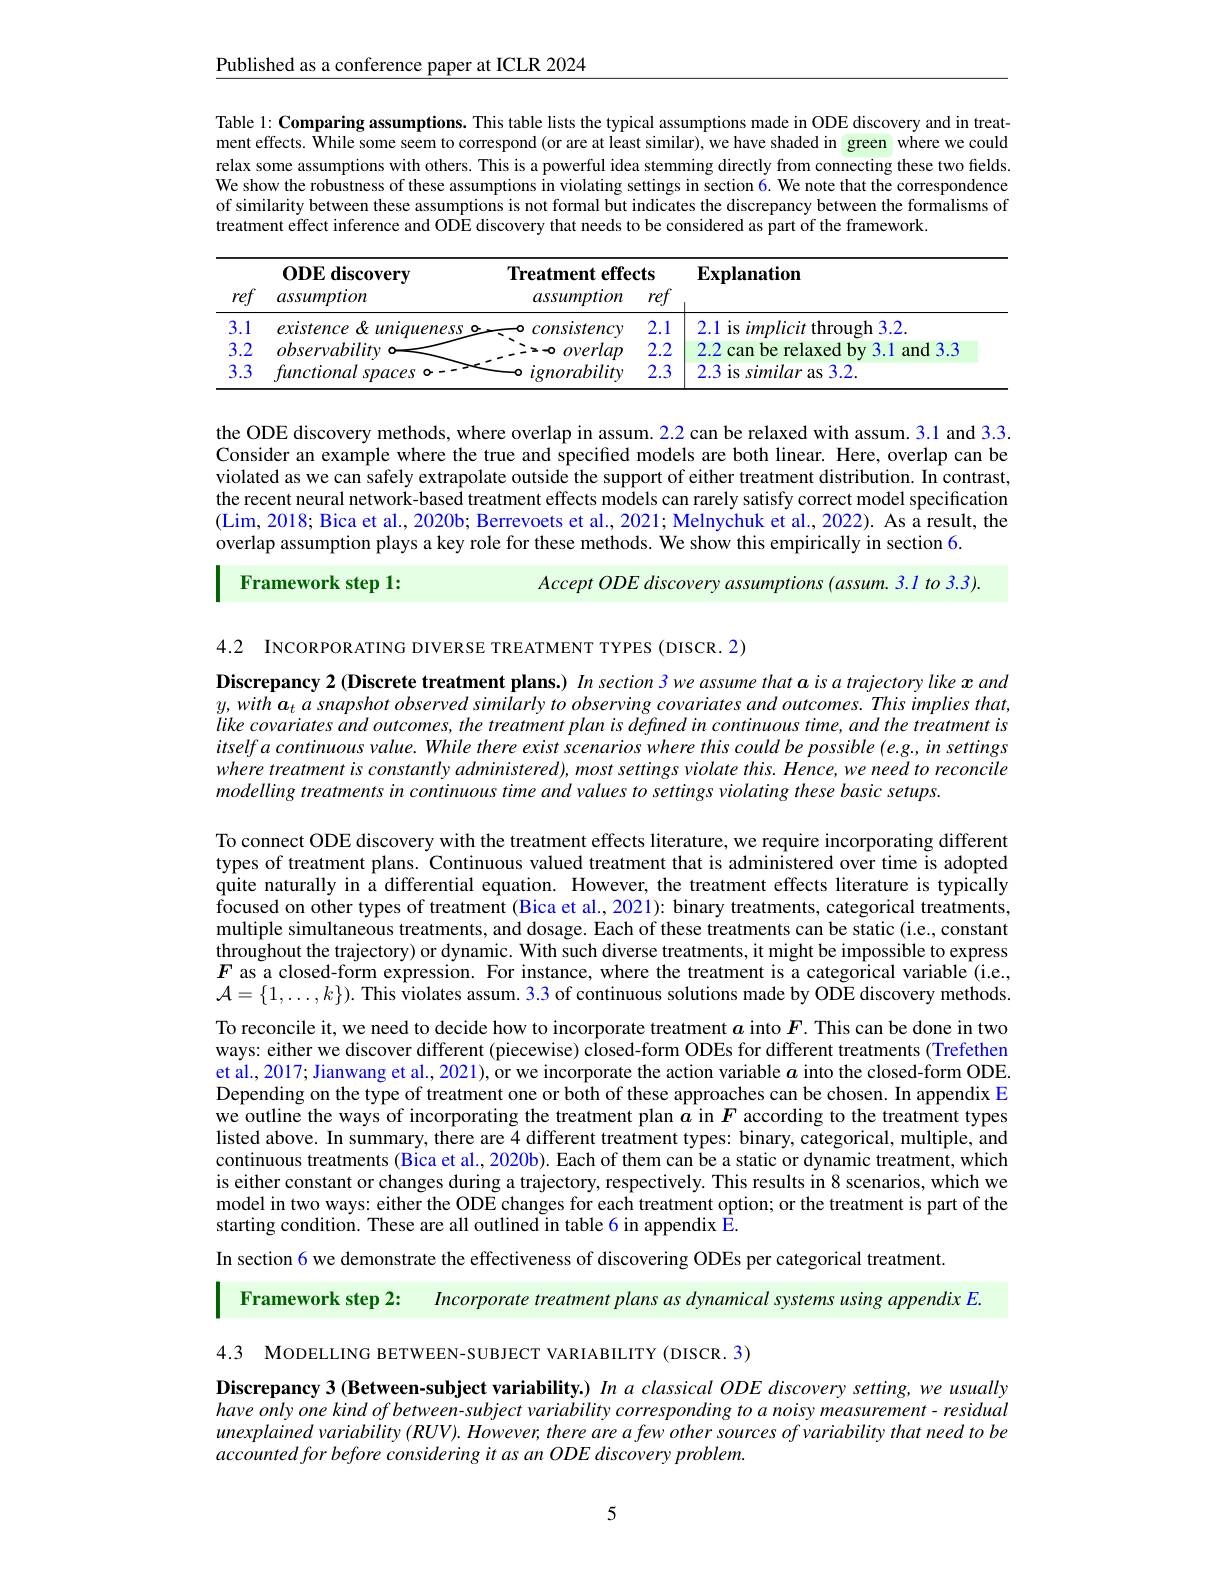
Published as a conference paper at ICLR 2024

Table l: Comparing assumptions. This table lists the typical assumptions made in ODE discovery and in treatment effects. While some seem to correspond (or are at least similar),we have shaded in green where we could relax some assumptions with others. This is a powerful idea stemming directly from connecting these two fields. We show the robustness of these assumptions in violating settings in section $\dot{6}.$ We note that the correspondence of similarity between these assumptions is not formal but indicates the discrepancy between the formalisms of treatment effect inference and ODE discovery that needs to be considered as part of the framework.

<table>
	<tbody>
		<tr>
			<th rowspan="2">ref</th>
			<th rowspan="2">ODE discovery assumption</th>
			<th colspan="2">Treatment effects</th>
			<th rowspan="2">$\mathbf{Explanation}$</th>
		</tr>
		<tr>
			<th>assumption</th>
			<th>ref</th>
		</tr>
		<tr>
			<td>3.1</td>
			<td>existence $\&$ $l$ uniqueness</td>
			<td>consistency</td>
			<td>2.1</td>
			<td>2.1 is implicit through 3.2</td>
		</tr>
		<tr>
			<td>3.2</td>
			<td>observabilitv</td>
			<td>overlap</td>
			<td>2.2</td>
			<td>2.2 can be relaxed by 3.1 and3.3</td>
		</tr>
		<tr>
			<td>3.3</td>
			<td>functional spaces</td>
			<td>ignorabilitw</td>
			<td>2.3</td>
			<td>2.3 is similar as 3.2.</td>
		</tr>
	</tbody>
</table>

the ODE discovery methods, where overlap in assum. 2.2 can be relaxed with assum. 3.1 and 3.3. Consider an example where the true and specified models are both linear. Here, overlap can be violated as we can safely extrapolate outside the support of either treatment distribution. In contrast, the recent neural network-based treatment effects models can rarely satisfy correct model specification (Lim, 2018; Bica et al., 2020b; Berrevoets et al., 2021; Melnychuk et al., 2022). As a result, the overlap assumption plays a key role for these methods. We show this empirically in section 6.
Accept ODE discovery assumptions (assum. 3.1 to 3.3).
Framework step 1:

4.2 INCORPORATING DIVERSE TREATMENT TYPES (DISCR. 2)

Discrepancy 2 (Discrete treatment plans.) In section 3 we assume that a is a trajectory like $x$ and $y,with\boldsymbol{a}_{t}asnapshotobservedsimilarlytoobservingcovariatesandoutcomes.Thisimpliesthat$, like covariates and outcomes, the treatment plan is defined in continuous time, and the treatment is itself a continuous value. While there exist scenarios where this could be possible (e.g., in settings where treatment is constantly administered), most settings violate this. Hence, we need to reconcile modelling treatments in continuous time and values to settings violating these basic setups.

To connect ODE discovery with the treatment effects literature, we require incorporating different types of treatment plans. Continuous valued treatment that is administered over time is adopted quite naturally in a differential equation. However, the treatment effects literature is typically focused on other types of treatment (Bica et al., 2021): binary treatments, categorical treatments, multiple simultaneous treatments, and dosage. Each of these treatments can be static (i.e., constant throughout the trajectory) or dynamic. With such diverse treatments, it might be impossible to express $F$ as a closed-form expression. For instance, where the treatment is a categorical variable (i.e., $\mathcal{A}=\{1,\ldots,k\}).$ This violates assum. 3.3 of continuous solutions made by ODE discovery methods. To reconcile it, we need to decide how to incorporate treatment $a$ into $F.$ This can be done in two ways: either we discover different (piecewise) closed-form ODEs for different treatments (Trefethen et al., 2017; Jianwang et al., 2021), or we incorporate the action variable $a$ into the closed-form ODE. Depending on the type of treatment one or both of these approaches can be chosen. In appendix E we outline the ways of incorporating the treatment plan $a$ in $F$ according to the treatment types listed above. In summary, there are 4 different treatment types: binary, categorical, multiple, and continuous treatments (Bica et al., 2020b). Each of them can be a static or dynamic treatment, which is either constant or changes during a trajectory, respectively. This results in 8 scenarios, which we model in two ways: either the ODE changes for each treatment option; or the treatment is part of the starting condition. These are all outlined in table 6 in appendix Ê.
In section 6 we demonstrate the effectiveness of discovering ODEs per categorical treatment.

Framework step 2: Incorporate treatment plans as dynamical systems using appendix E.

4.3 MODELLING BETWEEN-SUBJECT VARIABILITY(DISCR.3)

Discrepancy 3 (Between-subject variability.) In $a$ classical ODE discovery setting, we usually have only one kind of between- subject variability corresponding to a noisy measurement- residual unexplained variability (RUV). However; there are a few other sources of variability that need to be accounted for before considering it as an ODE discovery problem.

5